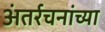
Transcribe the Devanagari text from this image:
अंतर्रचनांच्या